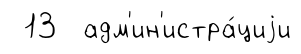
13 адм'ин'истра́циjи